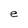
Character: e